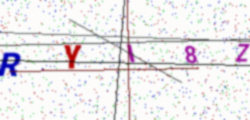
Text: RYI8Z